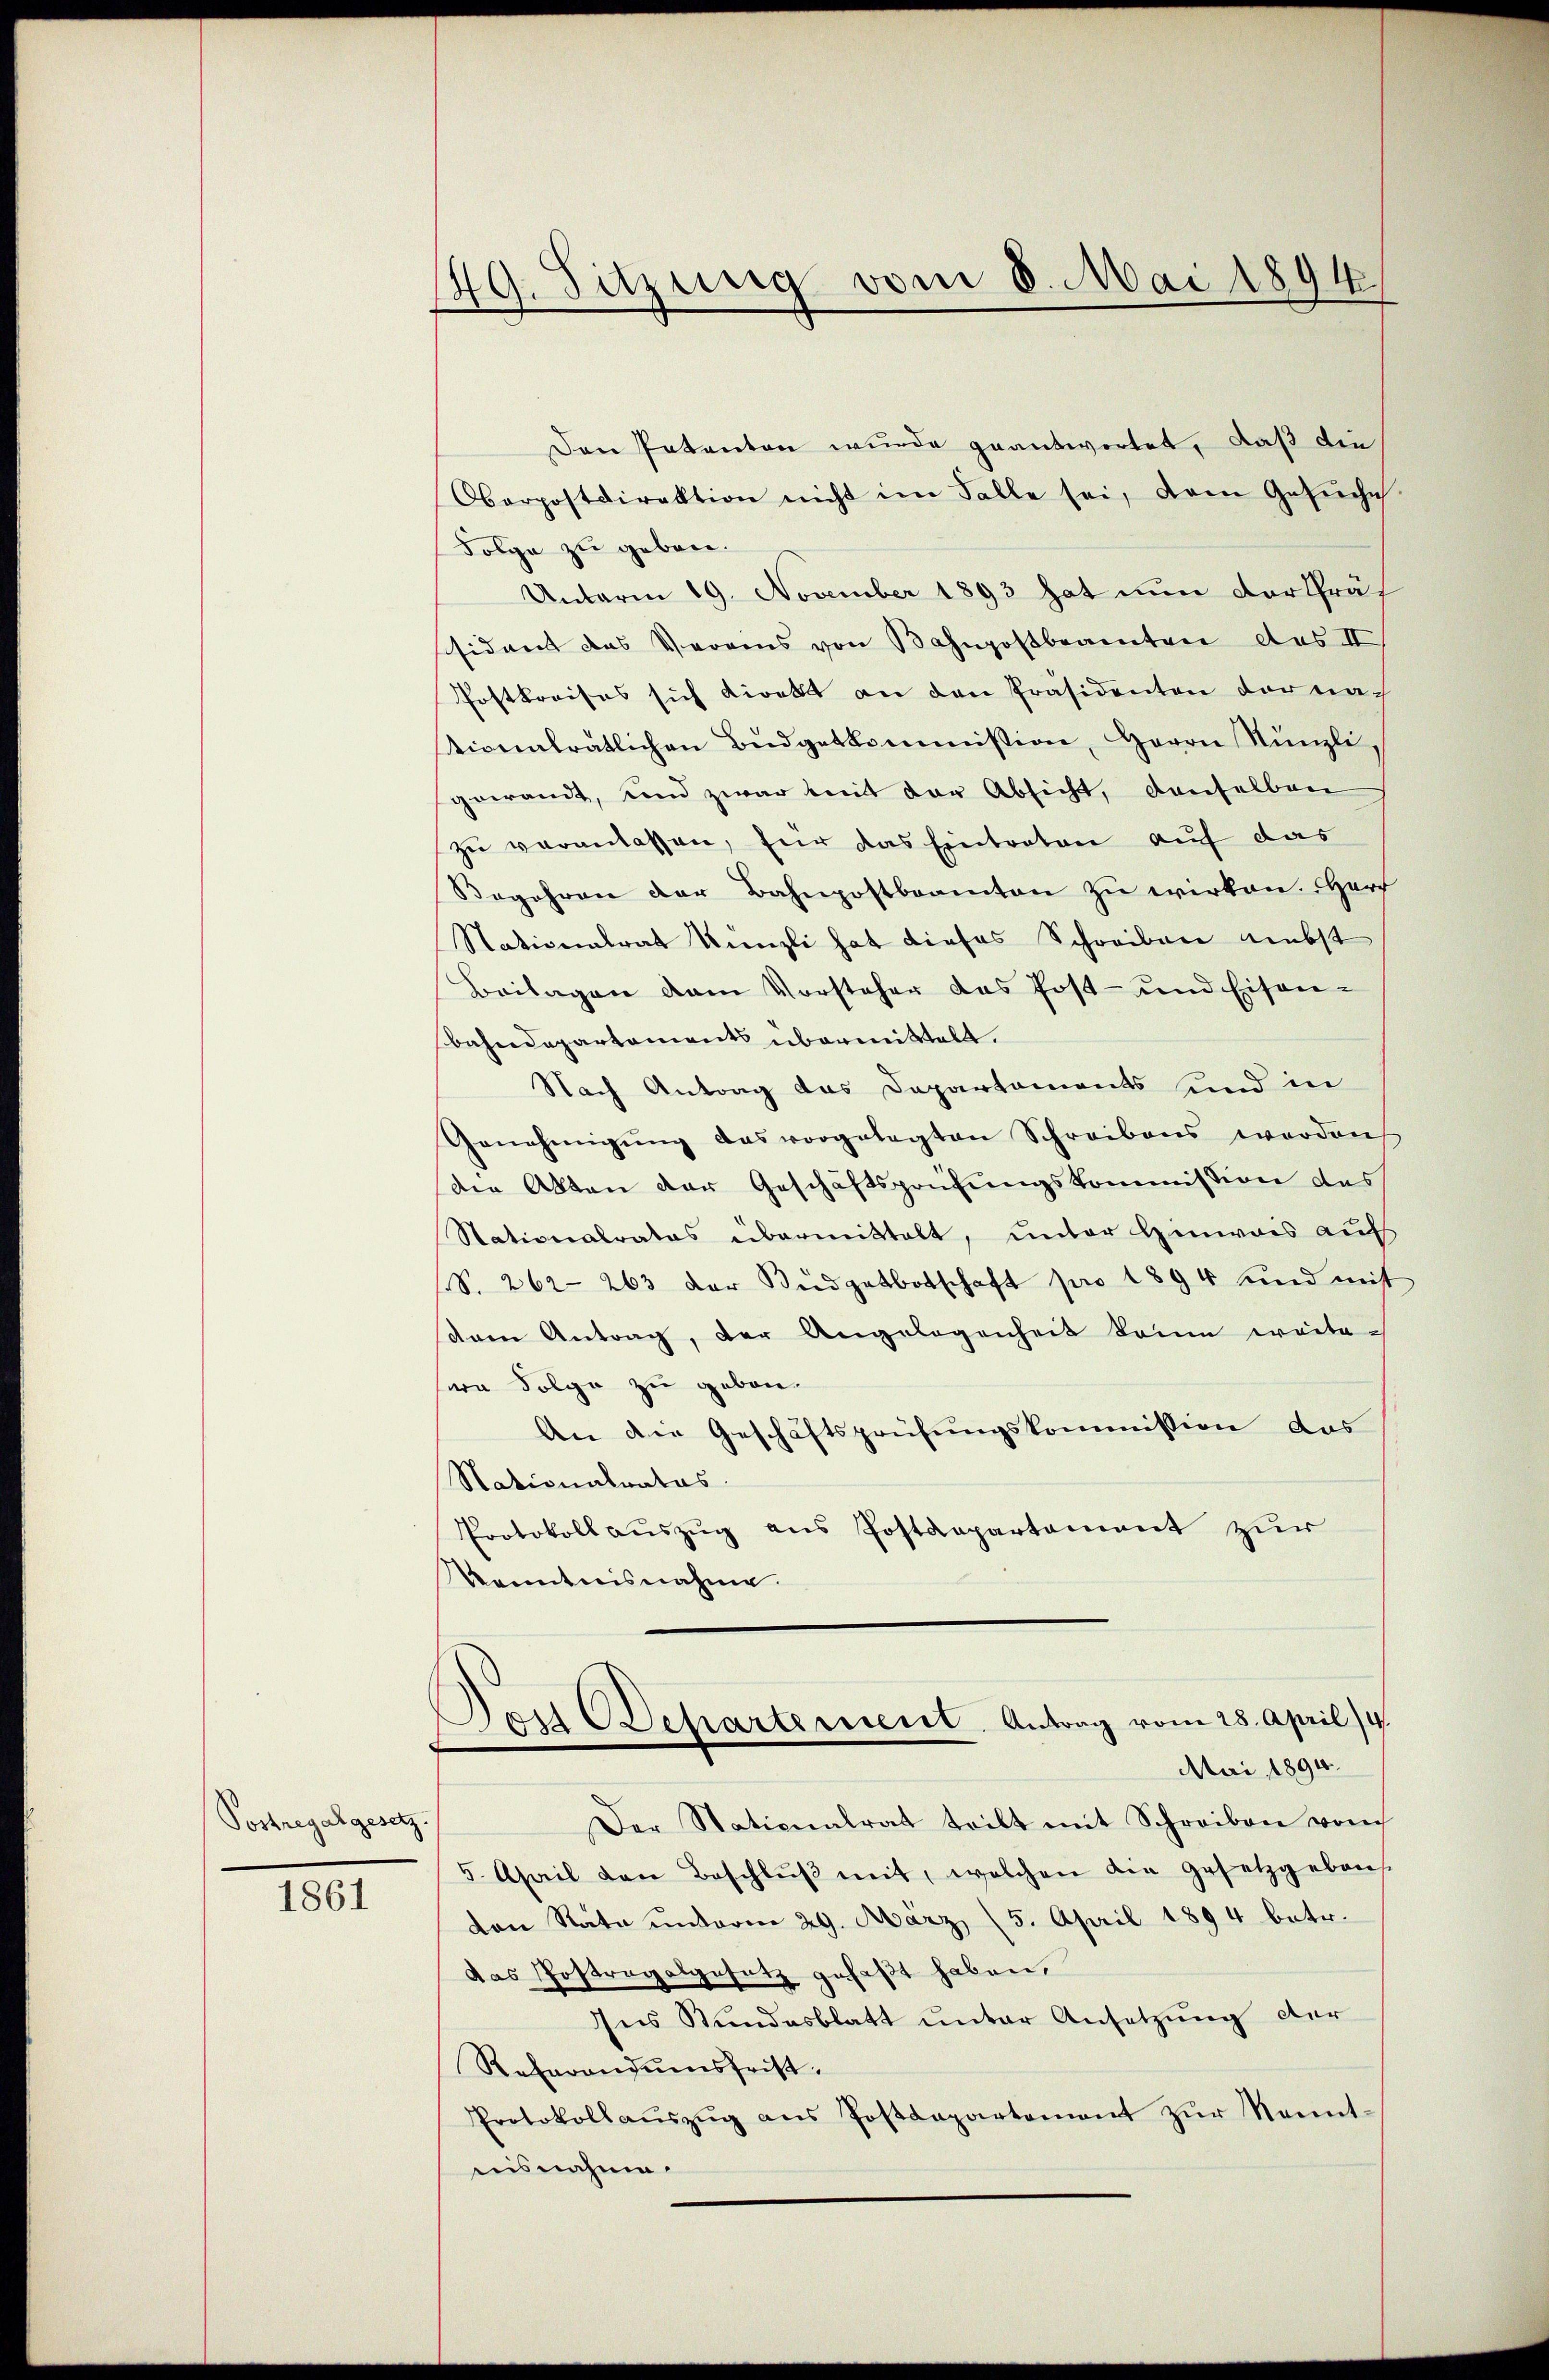
Sostregalgesetz.

1861

49. Sitzung vom 8. Mai 1894.

Den Patenten wurde geantwortet, daß die
Oberpostdirektion nicht im Falle sei, dem Gesŭche
Folge zu geben.
Unterm 19. November 1893 hat nun der Präs
sidant das Vereins von Bahnpostbeamten des II
Postkreises sich direkt an den Präsidenten der nach
tionalrätlichen Budgetkommission, Herrn Nünzli,
gewandt, und zwar mit der Absicht, denselben
zu veranlassen, für das Eintreten auf das
Begehren der Bahnpostbeamten zu wirken. Her
Nationalrat Unnzli hat dieses Schreiben nebst
Beilagen dem Vorsteher das Post- und Eisen-
bahndepartements übermittelt.
Nach Antrag das Departements sind in
Genehmigŭng des vorgelegten Schreibens worden
die Akten der Geschäftsprüfungskommission des
Stationalrates übermittelt, unter Hinweis auf
S. 262. 263 der Büdgetbotschaft pro 1894 und mit
dam Antrag, der Angelegenheit kaum weitenen Folge zu gebon¬
An die Geschäftsprüfungskommission das
Nationalrates.
Protokoll auszug aus Postdepartement zur
kenntnisnahme.

Dos Departement. Antrag vom 28. April 19.
Mai 1894.

Der Stationalrat teilt mit Schreiben vom
5. April den Beschlŭβ mit, welchen die Gesetzgeben
den Rata unterm 29. März (5. April 1894 betr.
das Postragalgesetz gefaßt haben,
Ins Bundesblatt unter Ansetzung der
Referandumsfrist.
Protokollaŭszŭg ans Postdepartement zŭr Kennt-
nisnahme.